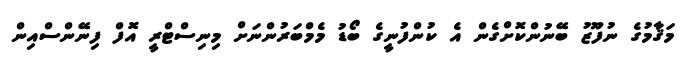
މަޤާމުގެ ނުފޫޒު ބޭނުންކޮށްގެން އެ ކުންފުނީގެ ބޯޑު މެމްބަރުންނަށް މިނިސްޓްރީ އޮފް ފިނޭންސްއިން